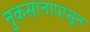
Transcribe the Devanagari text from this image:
नुकसानापासून